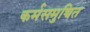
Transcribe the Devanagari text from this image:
कर्मसमुच्चित